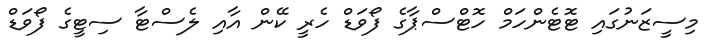
މިސީޒަނުގައި ޓޮޓެންހަމް ހޮޓްސްޕާގެ ފޯވަޑް ހެރީ ކޭން އާއި ލެސްޓާ ސިޓީގެ ފޯވަޑް